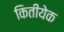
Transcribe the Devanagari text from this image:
कितीयेक